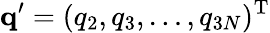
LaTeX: \mathbf{q}^{\prime}=(q_{2},q_{3},\dots,q_{3N})^{\mathrm{T}}